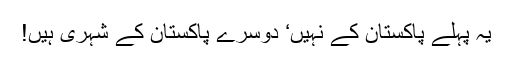
یہ پہلے پاکستان کے نہیں‘ دوسرے پاکستان کے شہری ہیں!